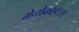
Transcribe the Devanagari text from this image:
मेनोकाइट्स